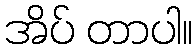
အိပ် တာပါ။